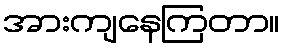
အားကျနေကြတာ။